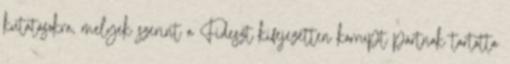
kutatásokra, melyek szerint a Fideszt kifejezetten korrupt pártnak tartotta